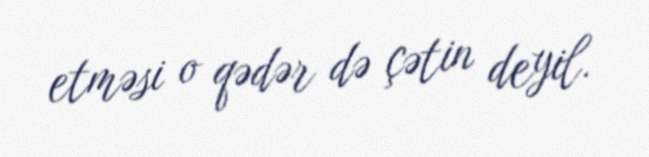
etməsi o qədər də çətin deyil.